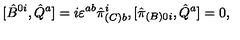
[ \hat { B } ^ { 0 i } , \hat { Q } ^ { a } ] = i \varepsilon ^ { a b } \hat { \pi } _ { ( C ) b } ^ { i } , [ \hat { \pi } _ { ( B ) 0 i } , \hat { Q } ^ { a } ] = 0 ,